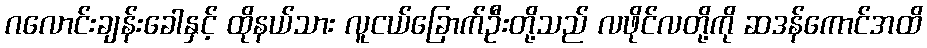
ဂလောင်းချန်းခေါနှင့် ထိုနယ်သား လူငယ်ခြောက်ဦးတို့သည် လဖိုင်လတို့ကို ဆဒန်ကောင်အထိ